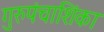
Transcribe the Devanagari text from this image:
गुरुपंचाशिंका